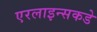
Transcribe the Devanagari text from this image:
एरलाइन्सकडे